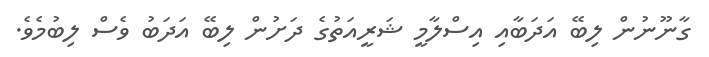
ގާނޫނުން ލިބޭ އަދަބާއި އިސްލާމީ ޝަރީއަތުގެ ދަށުން ލިބޭ އަދަބު ވެސް ލިބުމެވެ.